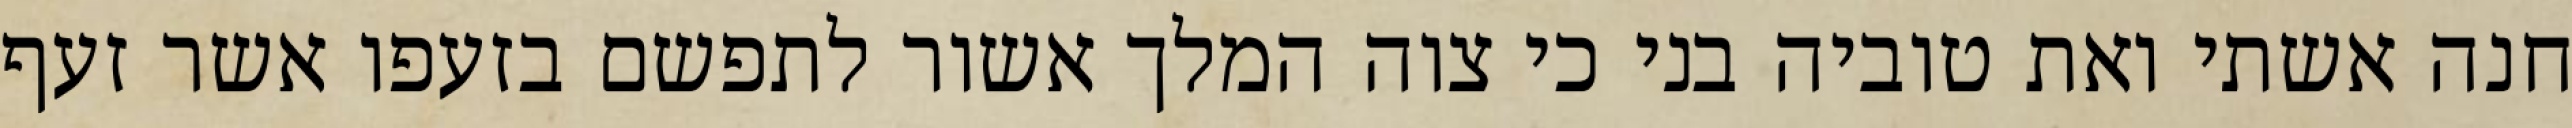
חנה אשתי ואת טוביה בני כי צוה המלך אשור לתפשם בזעפו אשר זעף